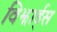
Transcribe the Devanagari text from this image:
विझार्ड्‌स